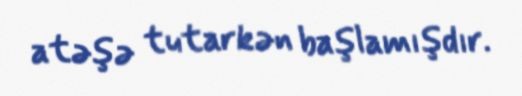
atəşə tutarkən başlamışdır.